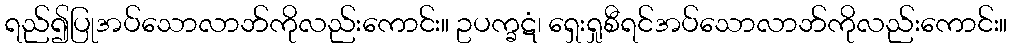
ရည်၍ပြုအပ်သောလာဘ်ကိုလည်းကောင်း။ ဥပက္ခဋံ၊ ရှေးရှုစီရင်အပ်သောလာဘ်ကိုလည်းကောင်း။